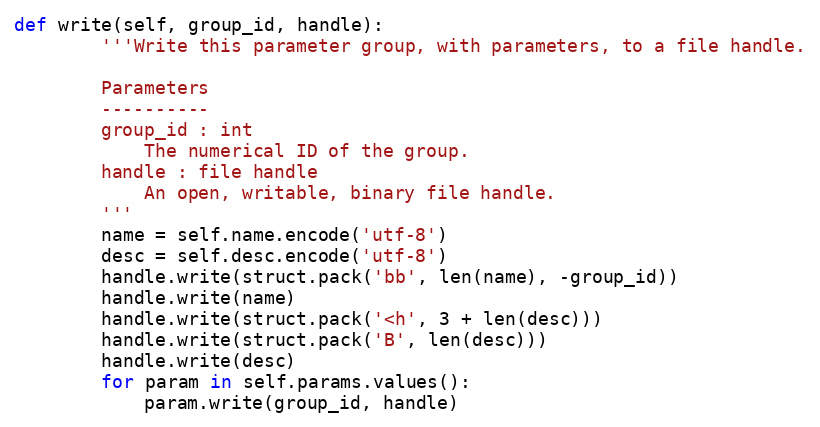
Language: Python
def write(self, group_id, handle):
        '''Write this parameter group, with parameters, to a file handle.

        Parameters
        ----------
        group_id : int
            The numerical ID of the group.
        handle : file handle
            An open, writable, binary file handle.
        '''
        name = self.name.encode('utf-8')
        desc = self.desc.encode('utf-8')
        handle.write(struct.pack('bb', len(name), -group_id))
        handle.write(name)
        handle.write(struct.pack('<h', 3 + len(desc)))
        handle.write(struct.pack('B', len(desc)))
        handle.write(desc)
        for param in self.params.values():
            param.write(group_id, handle)